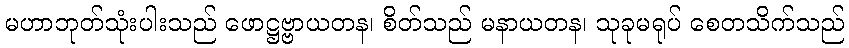
မဟာဘုတ်သုံးပါးသည် ဖောဋ္ဌဗ္ဗာယတန၊ စိတ်သည် မနာယတန၊ သုခုမရုပ် စေတသိက်သည်